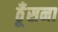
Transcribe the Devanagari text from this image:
ठूँसना